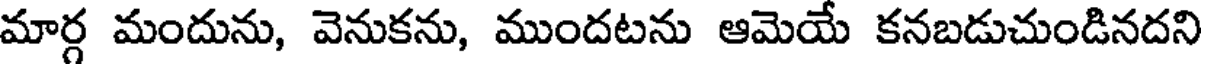
మార్గ మందును, వెనుకను, ముందటను ఆమెయే కనబడుచుండినదని